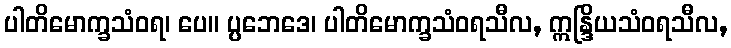
ပါတိမောက္ခသံဝရ၊ ပေ။ ပ္ပဘေဒေ၊ ပါတိမောက္ခသံဝရသီလ, ဣန္ဒြိယသံဝရသီလ,